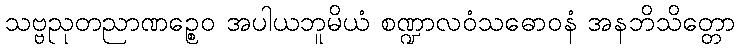
သဗ္ဗညုတညာဏဉ္စေဝ အပါယဘူမိယံ စဏ္ဍာလဝံသဓောဝနံ အနဘိသိတ္တော